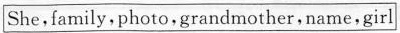
She，family，photo，grandmother，name，girl